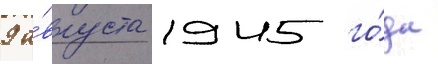
9 а́вгуста 1945 го́да